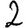
Digit: 2